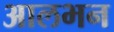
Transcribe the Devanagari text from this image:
आलभन